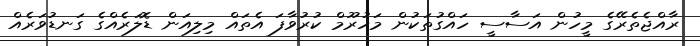
ރާއްޖެތެރޭގެ މީހުން އަސާސީ ހައްގުތަކުން މަހުރޫމް ކުރުވާފަ އެތައް މިލިއަން ޑޮލަރެއްގެ ގަނޑުވަރެއް